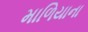
માળિયાના